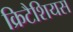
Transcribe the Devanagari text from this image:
क्रिटैशियस